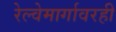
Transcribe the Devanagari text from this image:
रेल्वेमार्गावरही